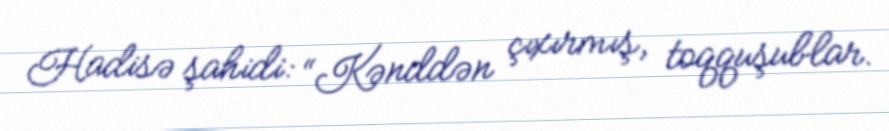
Hadisə şahidi: “Kənddən çıxırmış, toqquşublar.